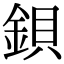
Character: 鋇